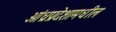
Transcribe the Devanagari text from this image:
आंध्रप्रदेशामधील